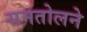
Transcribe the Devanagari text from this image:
समतोलने